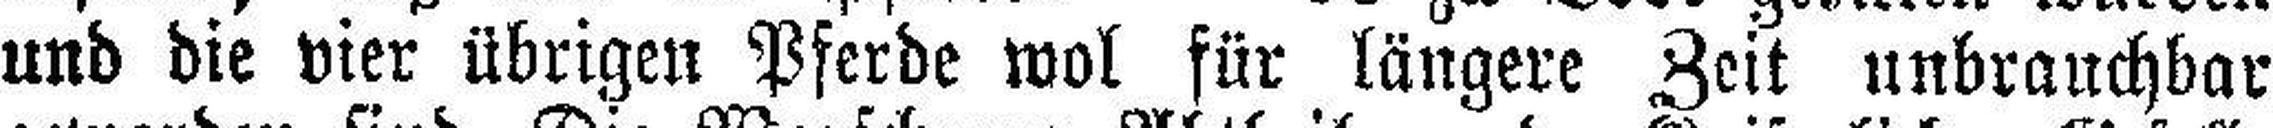
und die vier übrigen Pferde wol für längere Zeit unbrauchbar